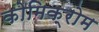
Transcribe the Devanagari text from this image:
कोमिक्रोम